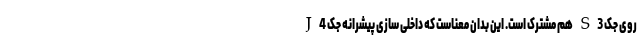
روی جک S3 هم مشترک است. این بدان معناست که داخلی سازی پیشرانه جک J4